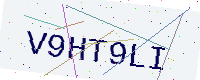
Text: V9HT9LI